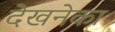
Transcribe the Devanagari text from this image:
देखनेका